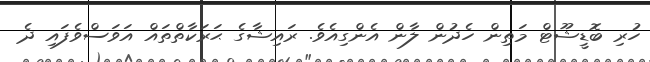
ހުރި ބޮޑީޝޫޓް މަތިން ހެދުން ލާން އެންގިއެވެ. ރައިޝާގެ ޙަރަކާތްތައް އަވަސްވެފައި ދެ